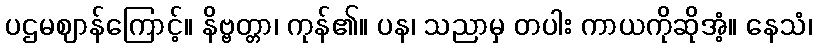
ပဌမဈာန်ကြောင့်။ နိဗ္ဗတ္တာ၊ ကုန်၏။ ပန၊ သညာမှ တပါး ကာယကိုဆိုအံ့။ နေသံ၊